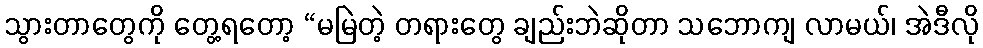
သွားတာတွေကို တွေ့ရတော့ “မမြဲတဲ့ တရားတွေ ချည်းဘဲဆိုတာ သဘောကျ လာမယ်၊ အဲဒီလို